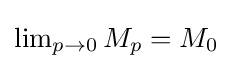
{\textstyle \lim _{p\to 0}M_{p}=M_{0}}